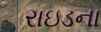
રાઇડના